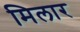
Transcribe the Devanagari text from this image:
मिलार